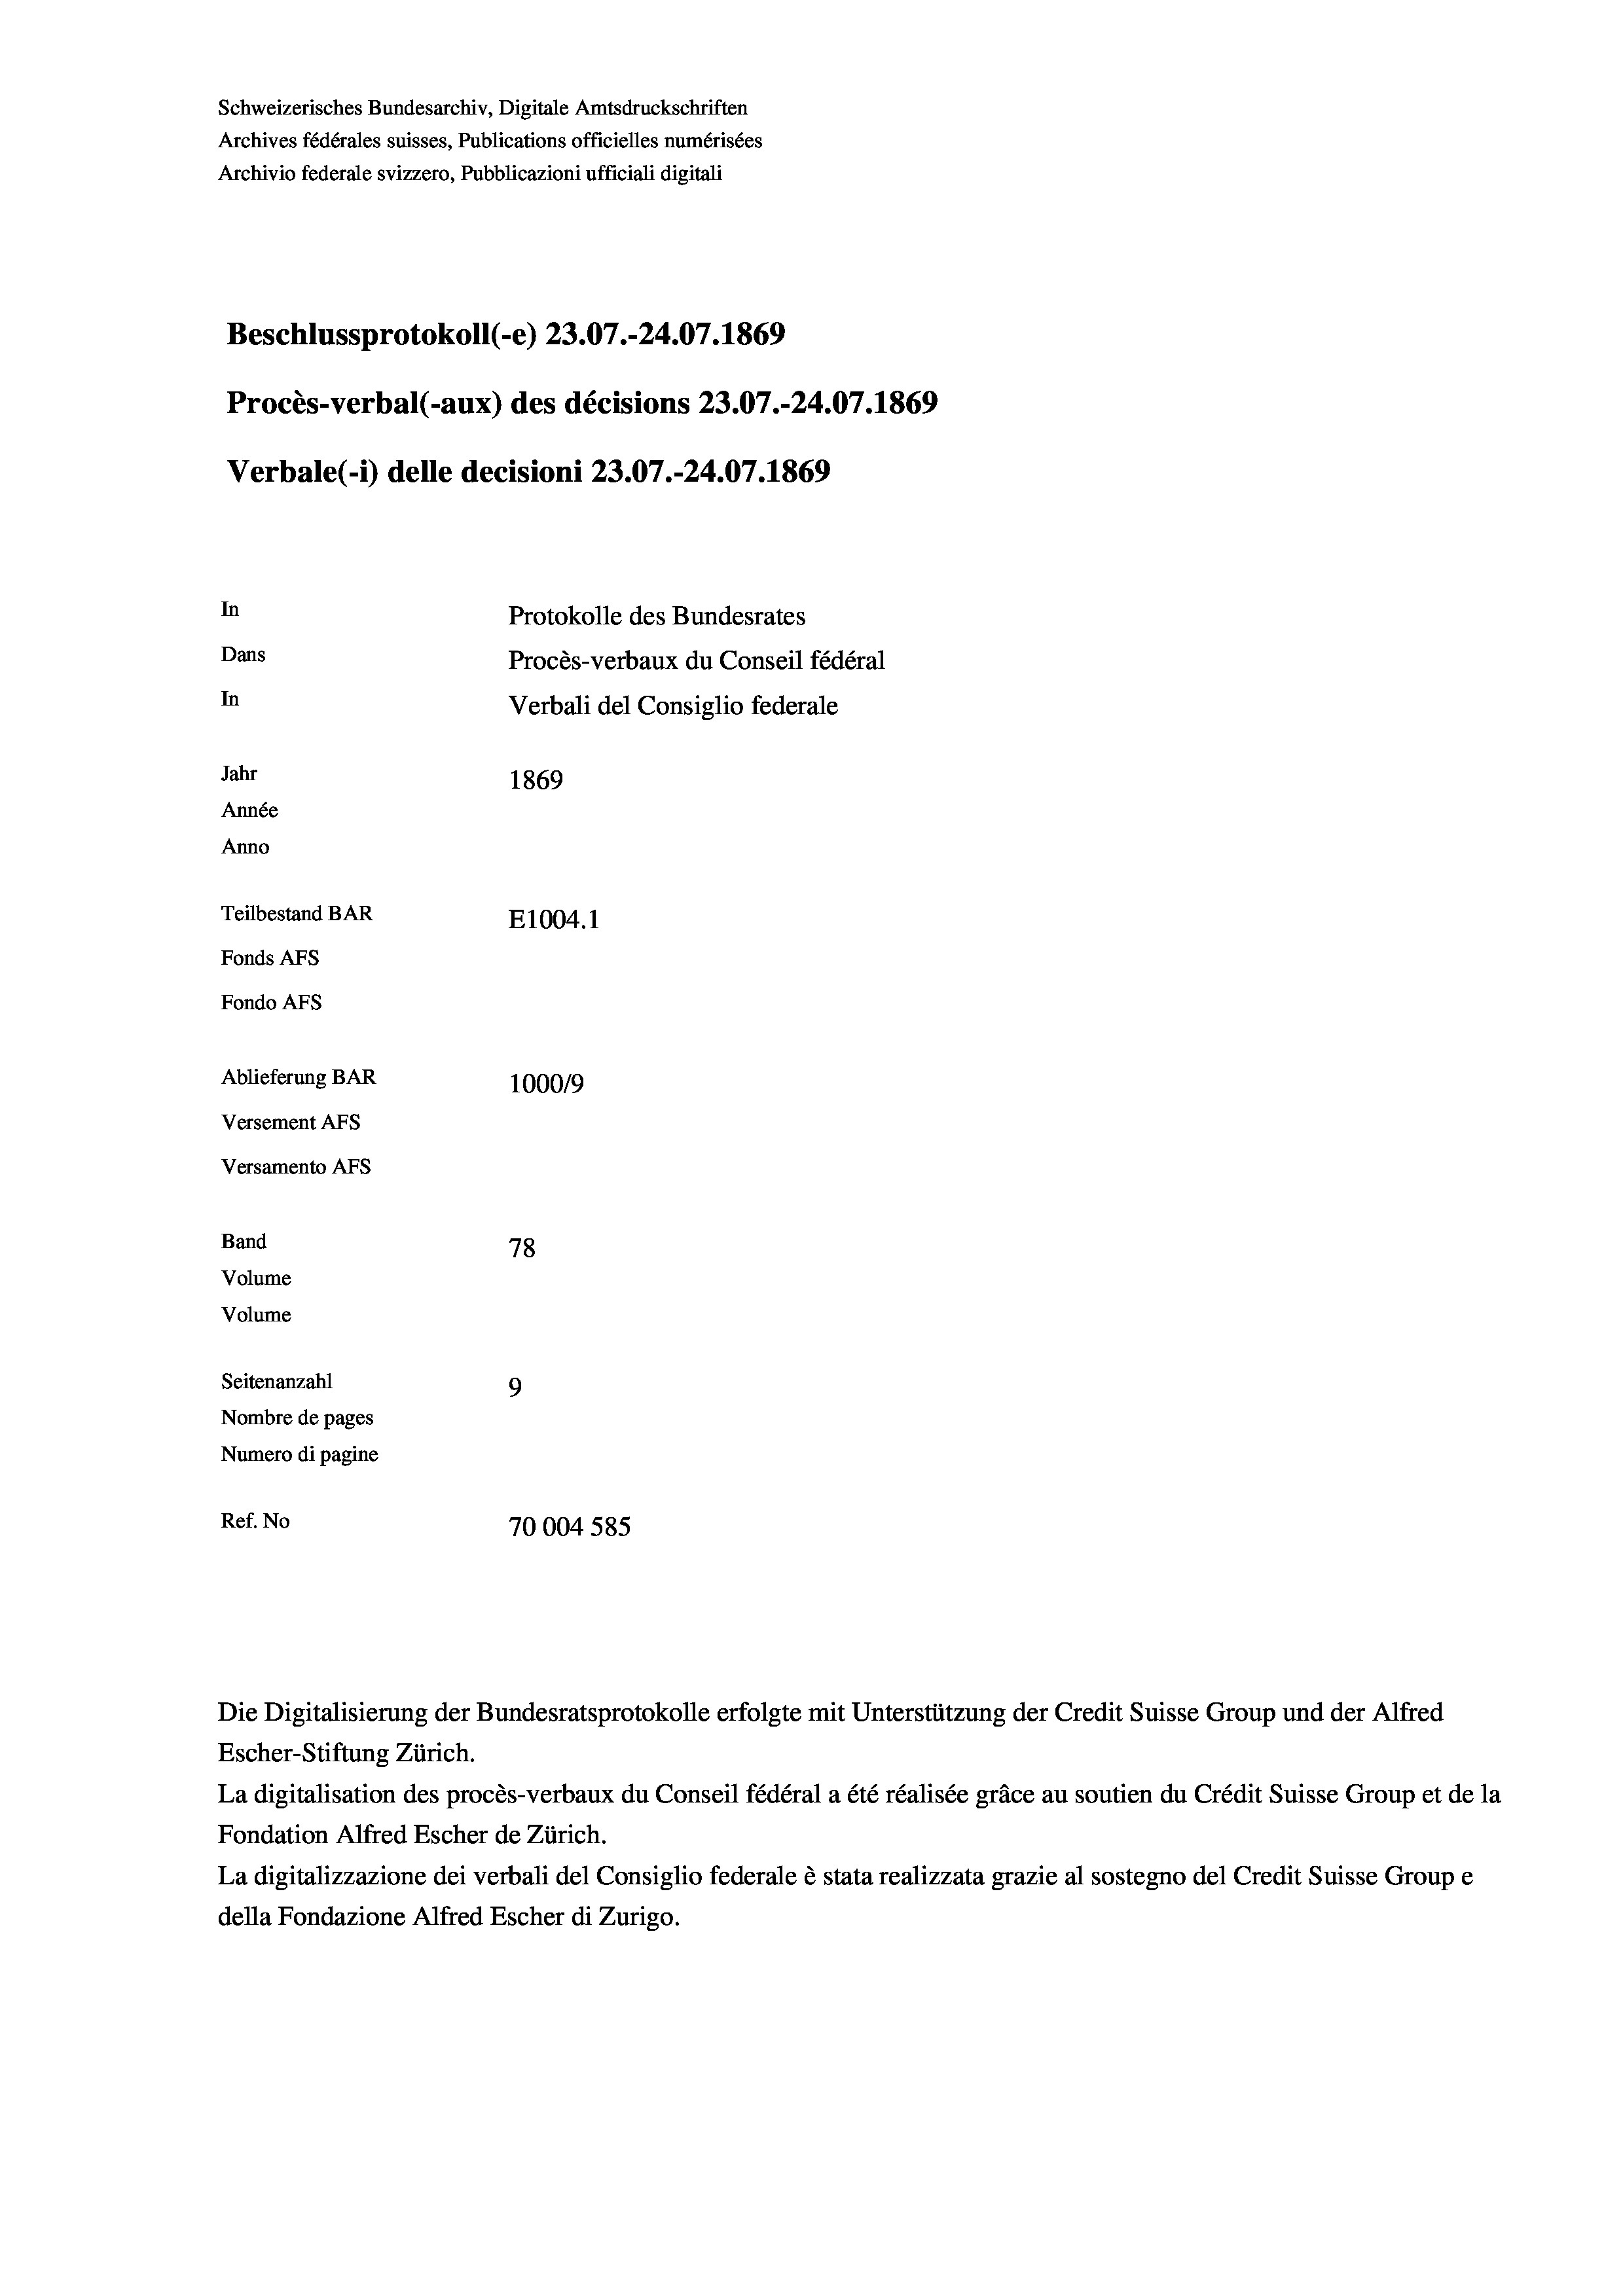
Schweizerisches Bundesarchiv, Digitale Amtsdruckschriften
Archives fédérales suisses, Publications officielles numérisées
Archivio federale svizzero, Pubblicazioni ufficiali digitali

Verbale (i) delle decisioni 23.07.-24.07. 1869

In
Dans

In

Ablieferung BAR
Versement As
Versamento AFS
Band
Volume
Volume
Seitenanzahl

Beschlussprotokoll (-e) 23.07.-24.07. 1869
Procès-verbal (-aux) des décisions 23.07.-24.07. 1869

1869

100019
78
9
Nombre de pages
Numero di pagine
Ref. No
70004 585

Jahr
Année
Anno
Teilbestand BAR
E1004.1
Fonds AFs
Fondo AFs

Protokolle des Bundesrates
Procès-verbaux du Conseil fédéral
Verbali del Consiglio federale

Die Digitalisierung der Bundesratsprotokolle erfolgte mit Unterstützung der Credit Suisse Group und der Alfred
Escher-Stiftung Zürich.
La digitalisation des procès-verbaux du Conseil fédéral a été réalisée gräce au soutien du Crédit Suisse Group et de la
Fondation Alfred Escher de Zürich.
La digitalizzazione dei verbali del Consiglio federale è stata realizzata grazie al sostegno del Credit Suisse Groupe
della Fondazione Alfred Escher di Zurigo.